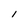
Character: 1